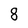
Character: 8